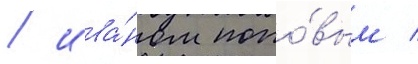
/ ива́ном попо́вым /